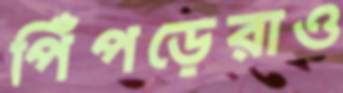
পিঁপড়েরাও